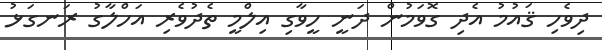
ދިވެހި ޤައުމު އެދި ގޮވަމުން ދަނީ ހީވާގި އިލްމީ ތެދުވެރި އަހްލާގު ރަނގަޅު